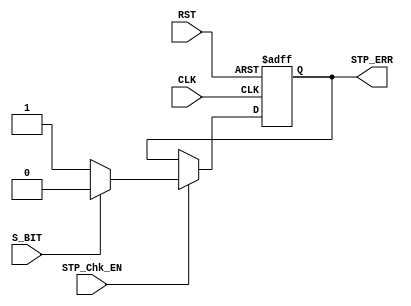
module RX_StopCheck (
 input  wire S_BIT,
 input  wire STP_Chk_EN,
 input  wire CLK,RST,
 output reg  STP_ERR
 );
 localparam STOP_BIT  = 1'b1 ;
 
 always @ (posedge CLK, negedge RST)
  begin
   if(!RST)
    STP_ERR <= 0 ;
   else if(STP_Chk_EN)
    STP_ERR <= (S_BIT==STOP_BIT)? 0 : 1 ;
  end 

endmodule